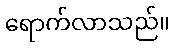
ရောက်လာသည်။